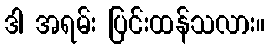
ဒါ အရမ်း ပြင်းထန်သလား။